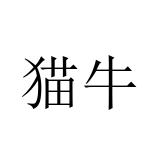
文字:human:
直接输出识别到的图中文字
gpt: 猫牛